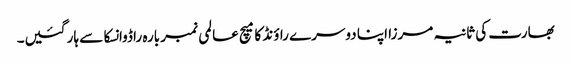
بھارت کی ثانیہ مرزا اپنا دوسرے راؤنڈ کا میچ عالمی نمبر بارہ راڈوانسکا سے ہار گئیں۔